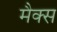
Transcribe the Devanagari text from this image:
मैक्‍स